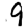
Digit: 9